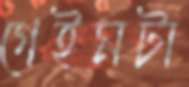
গেইমটা